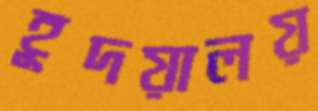
হূদয়ালয়